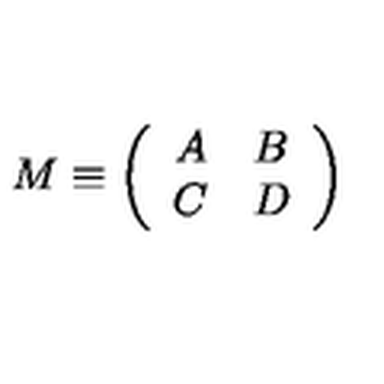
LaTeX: M \equiv \left( \begin{array} { c c } { A } & { B } \\ { C } & { D } \\ \end{array} \right)